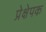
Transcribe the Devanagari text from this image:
प्रेक्षेपक